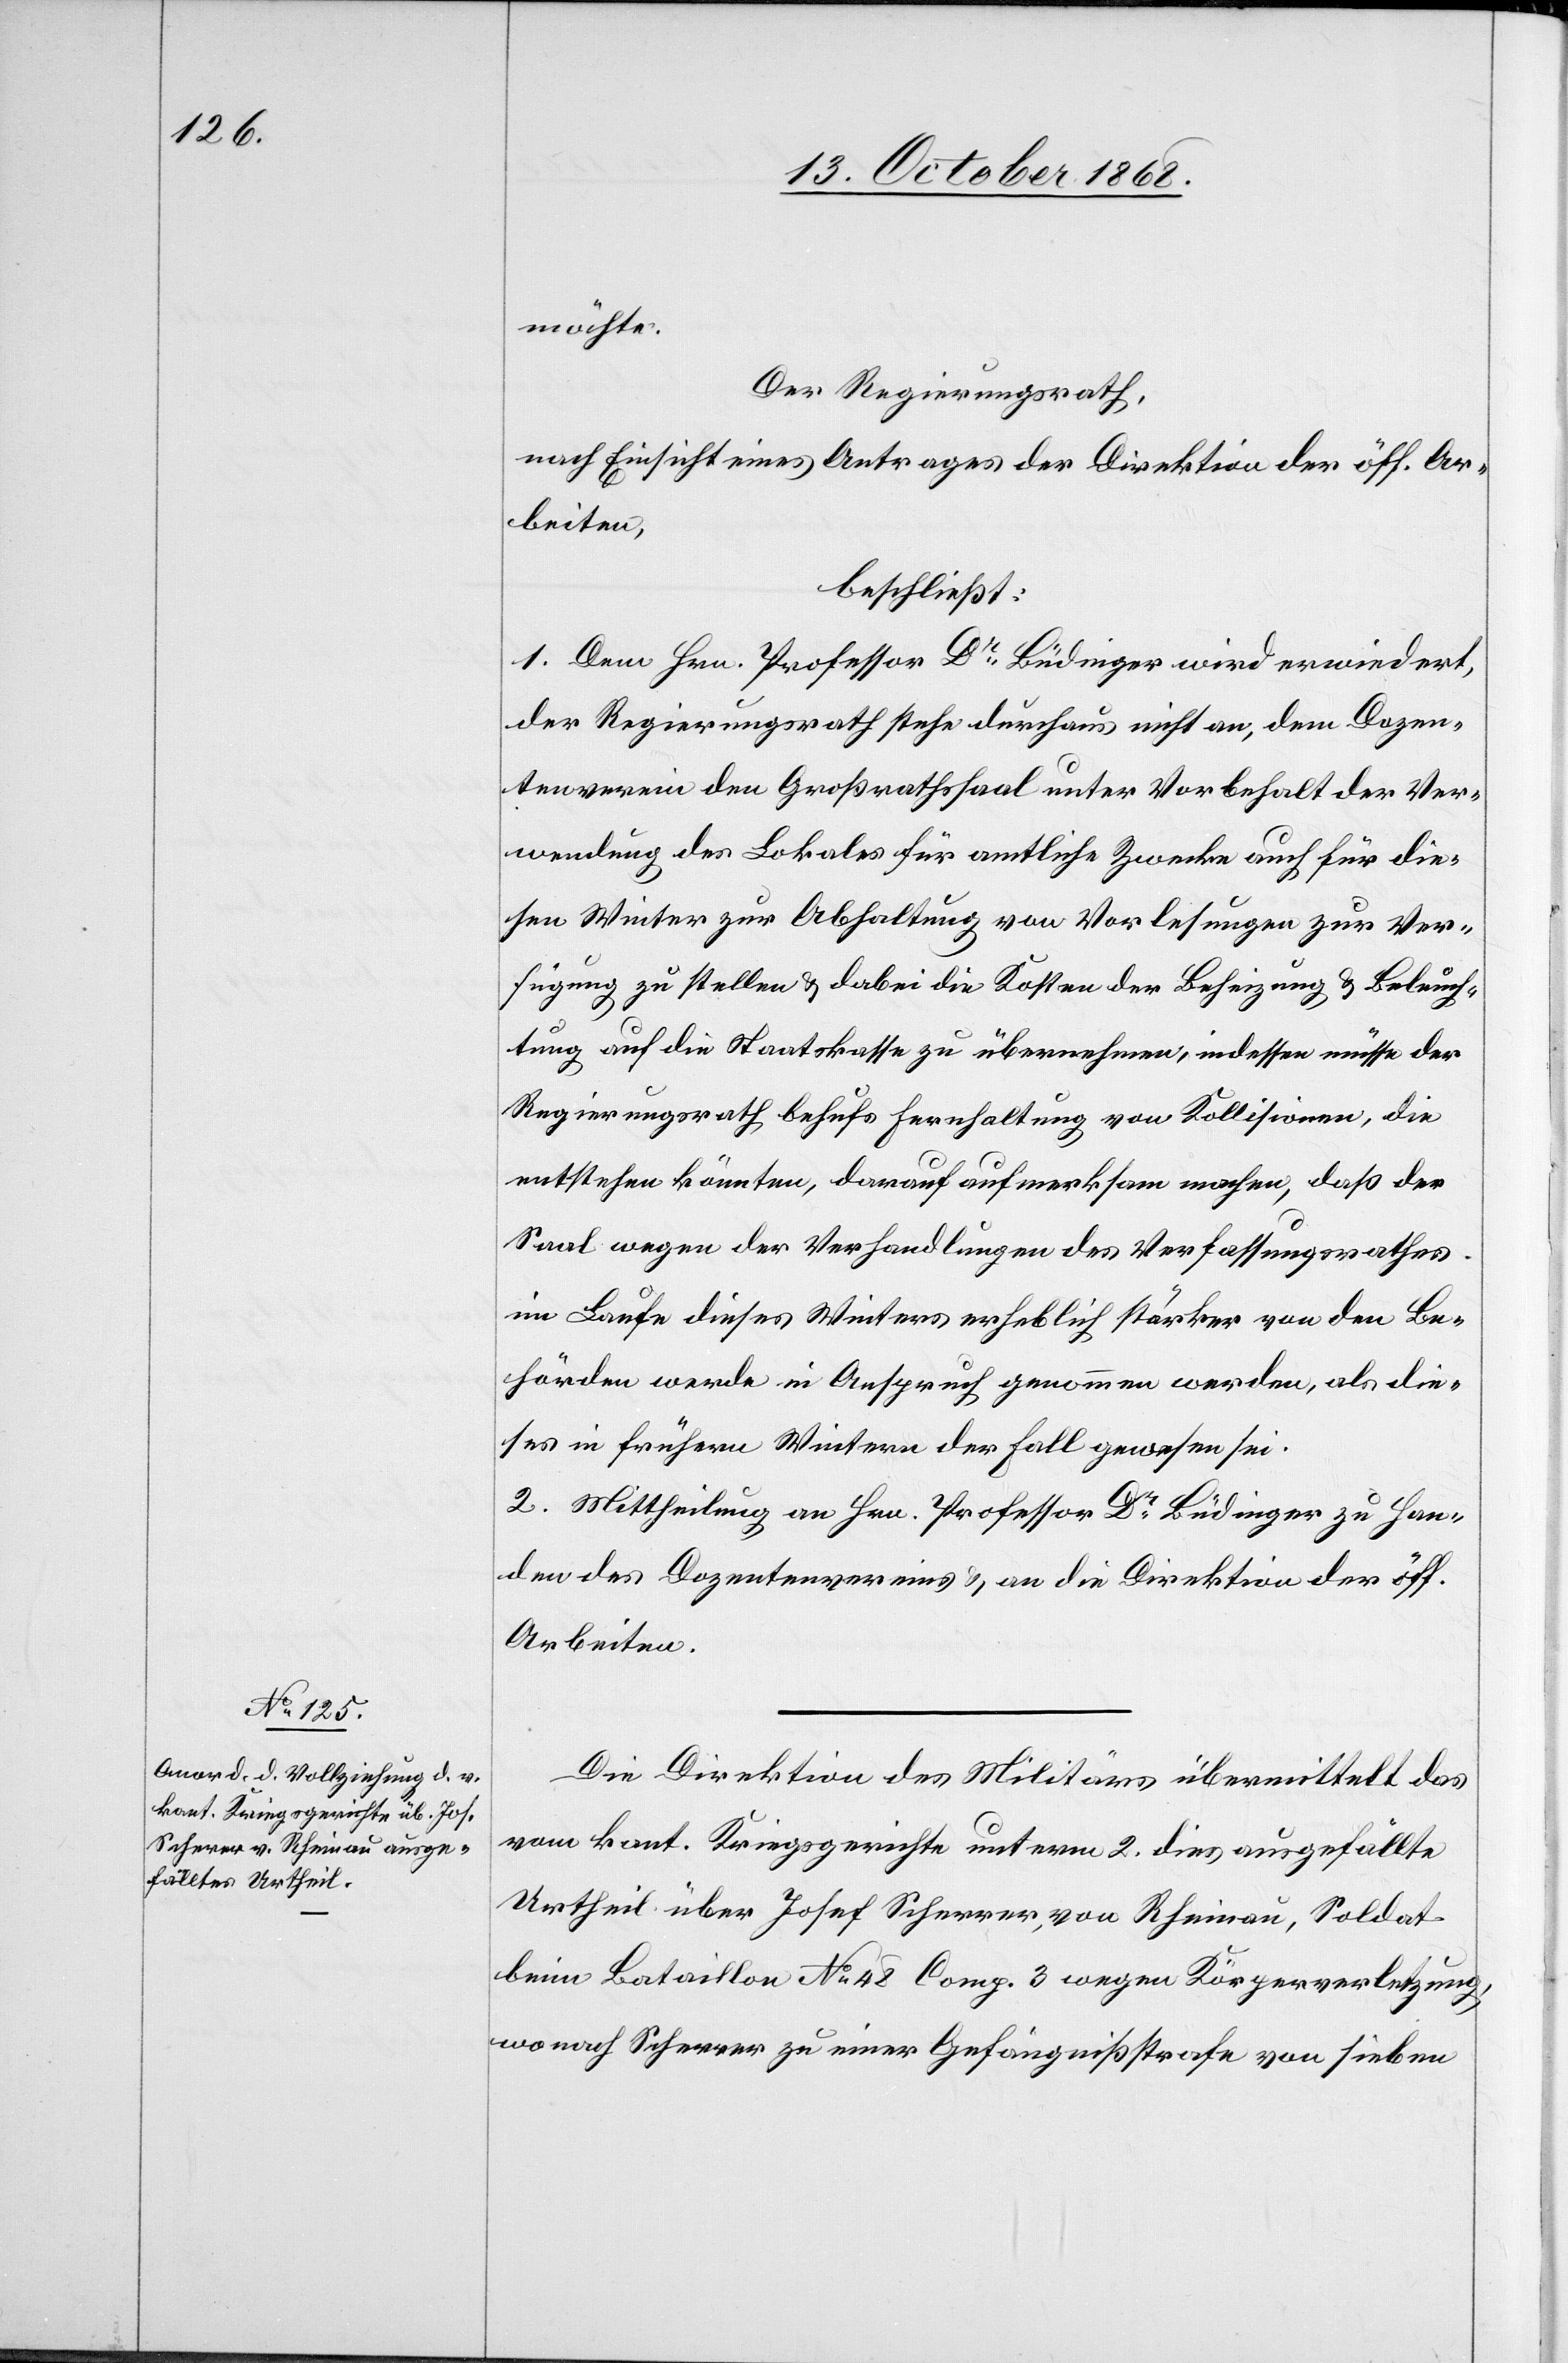
19. October 1868.]
möchte.
Der Regierungsrath,
nach Einsicht eines Antrages der Direktion der öff. Ar¬
beiten,
beschließt:
1. Dem Hrn. Professor Dr Büdinger wird erwiedert,
der Regierungsrath stehe durchaus nicht an, dem Dozen¬
tenverein den Großrathssaal unter Vorbehalt der Ver¬
wendung des Lokales für amtliche Zwecke auch für die¬
sen Winter zur Abhaltung von Vorlesungen zur Ver¬
fügung zu stellen & dabei die Kosten der Beheizung & Beleuch¬
tung auf die Staatskasse zu übernehmen, indessen müsse der
Regierungsrath behufs Fernhaltung von Kollisionen, die
entstehen könnten, darauf aufmerksam machen, daß der
Saal wegen der Verhandlungen des Verfassungsrathes
im Laufe dieses Winters erheblich stärker von den Be¬
hörden werde in Anspruch genommen werden, als die¬
ses in frühern Wintern der Fall gewesen sei.
2. Mittheilung an Hrn. Professor Dr Büdinger zu Han¬
den des Dozentenvereins & an die Direktion der öff.
Arbeiten.
Die Direktion des Militärs übermittelt das
vom kant. Kriegsgerichte unterm 2. dies ausgefällte
Urtheil über Josef Scherrer [sic!], von Rheinau, Soldat
beim Bataillon No 48 Comp. 3 wegen Körperverletzung,
wonach Scherrer zu einer Gefängnißstrafe von sieben